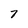
Character: 7